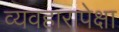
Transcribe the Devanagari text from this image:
व्यवहारापेक्षा